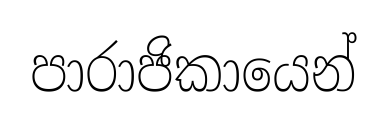
පාරාජිකායෙන්